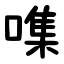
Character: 㗱